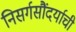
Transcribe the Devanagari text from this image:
निसर्गसौंदर्याची